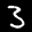
Label: 3